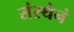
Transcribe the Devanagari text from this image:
संस्थेनं